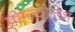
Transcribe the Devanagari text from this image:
प्राग्ज्योतिश